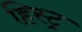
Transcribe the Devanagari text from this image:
हिस्ट्र